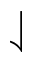
\downharpoonleft